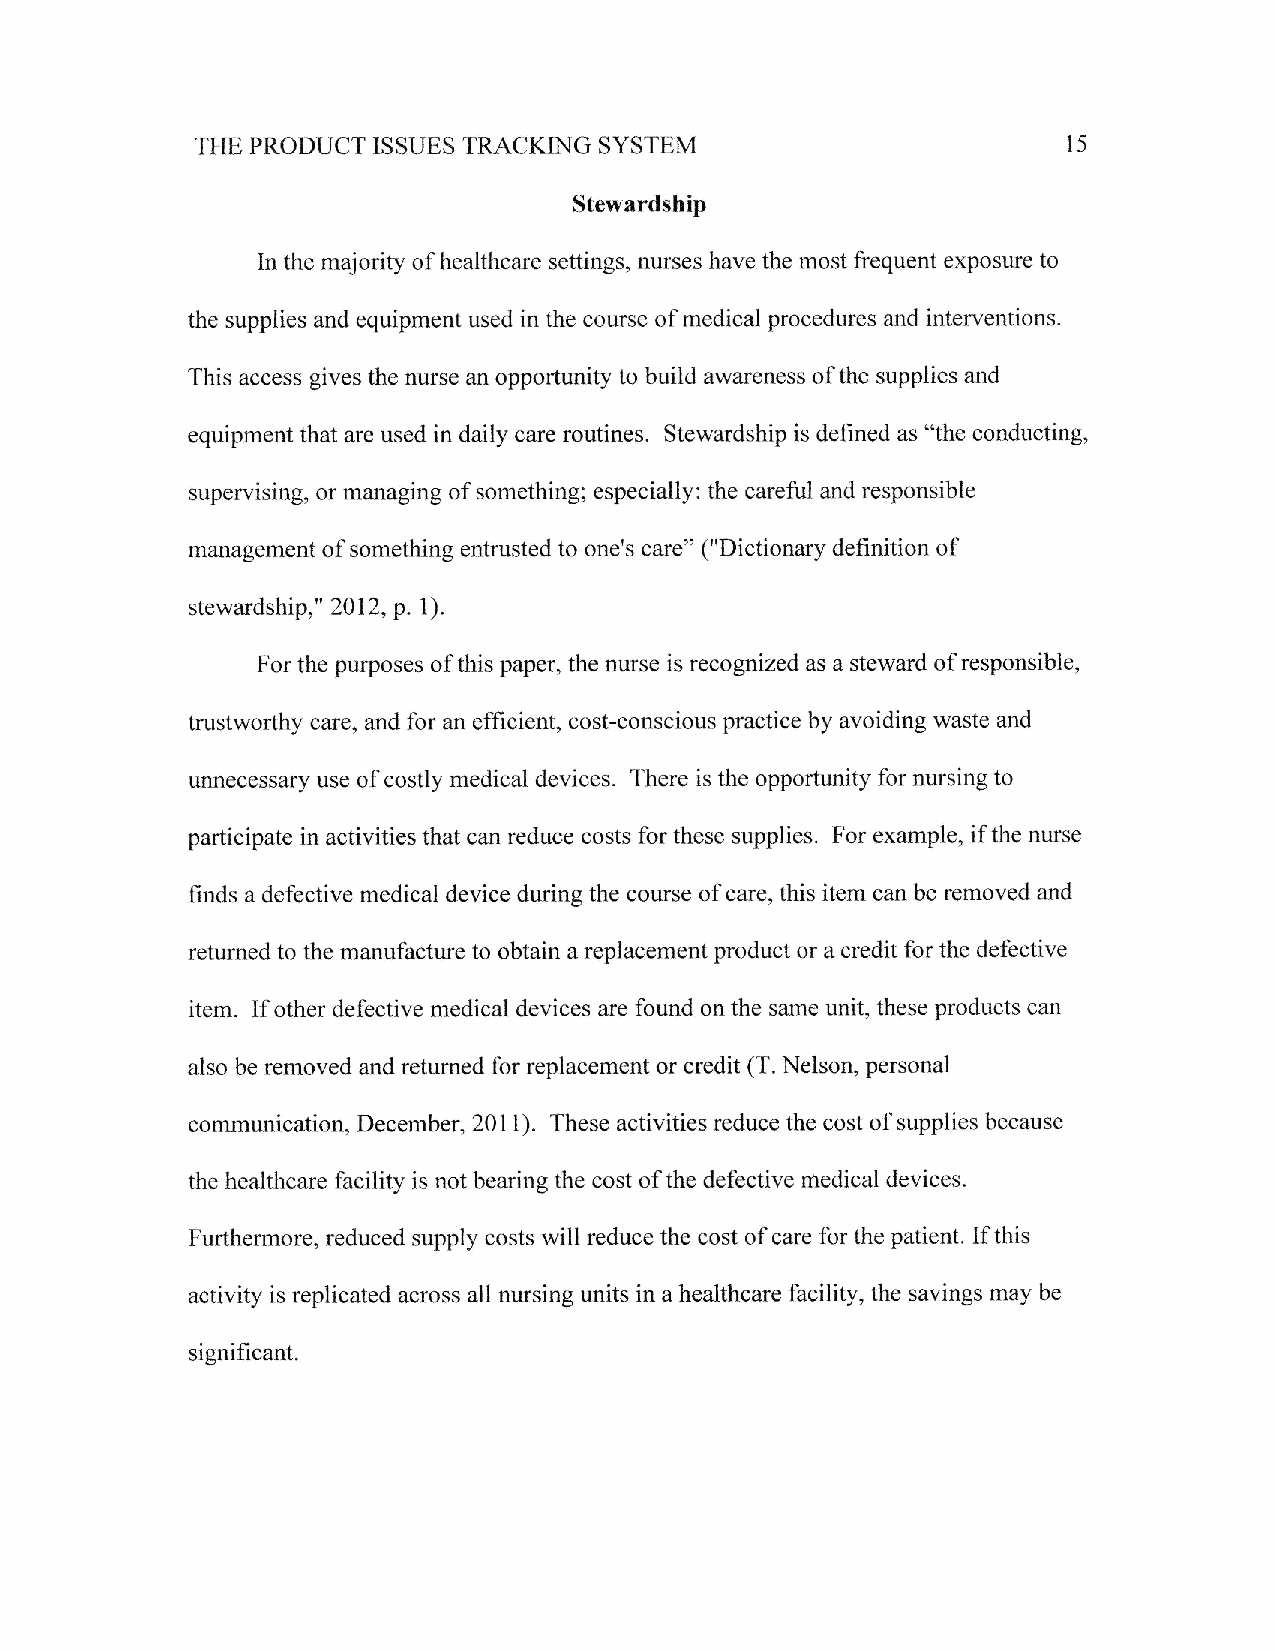
SYSTEM
 THE PRODUCT ISSUES TRACKING                               15
 Stewardship
 In the majority of healthcare settings, nurses have the rnost frequent exposure to
 the supplies and equipment used in the course of medical procedures and interventions.
 This access gives the nurse an opportunity to build awareness of the supplies and
 equipment that are used in daily care routines. Stewardship is deflned as "the conducting,
 supervising, or managing of something; especially: the careful and responsible
 management of something entrusted to one's care" ("Dictionary definition of
 stewardship," 2012, p. 1).
 For the purposes of this paper, the nurse is recognized as a steward of responsible,
 trustworthy care, and for an efficient, cost-conscious practice by avoiding waste and
 unnecessary use of costly medical devices. There is the opportunity for nursing to
 participate in activities that can reduce costs for these supplies. For example, if the nurse
 finds a defective rnedical device during the course of care, this item can be removed and
 returned to the manufactu'e to obtain a replacement product or a credit for the defective
 item. If other defective medical devices are found on the same unit, these products can
 also be removed and returned for replacement or credit (T. Nelson, personal
 cofilmrrnication, December, 201 1). These activities reduce the cost of supplies because
 the healthcare facility is not bearing the cost of the defective rnedical devices.
 Furthermore, reduced supply costs will reduce the cost of care for the patient. If this
 activity is replicated across all nursing units in a healthcare facility, the savings may be
 significant.